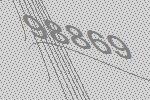
98869